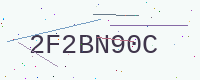
Text: 2F2BN90C